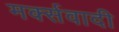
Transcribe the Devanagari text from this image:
मर्क्सवादी